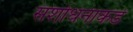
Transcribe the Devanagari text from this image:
संशोधनाकडे